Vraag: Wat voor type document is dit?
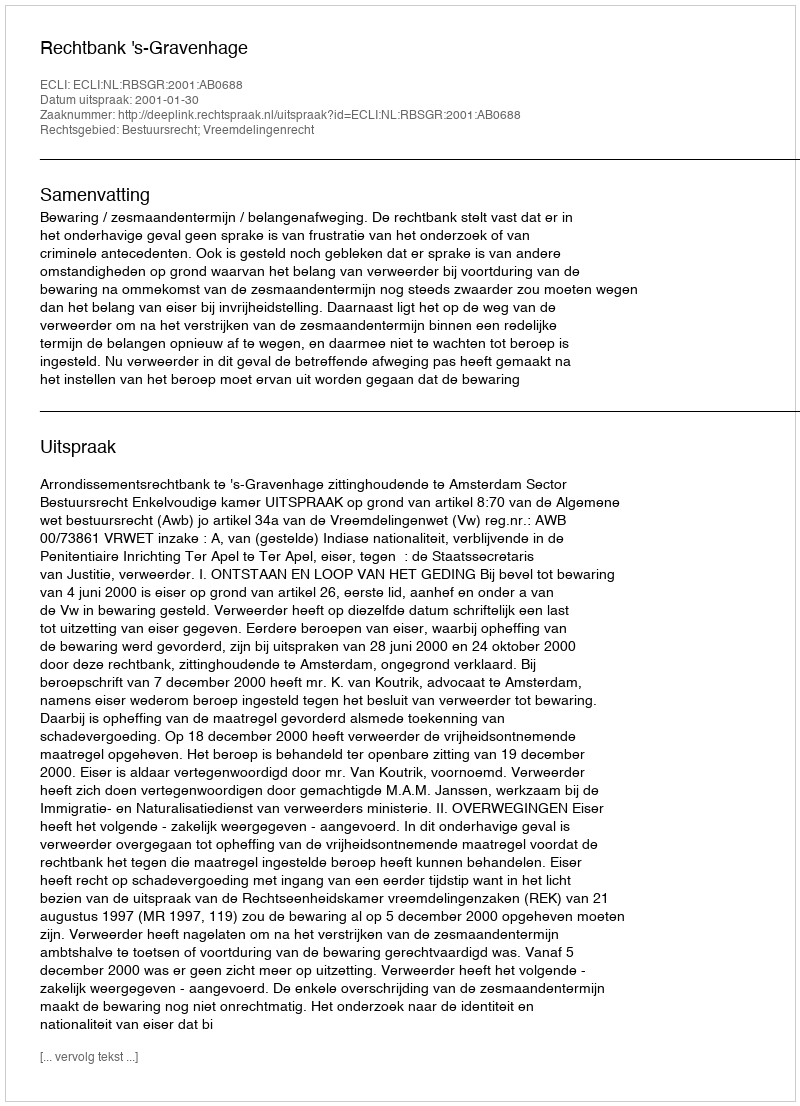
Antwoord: Uitspraak